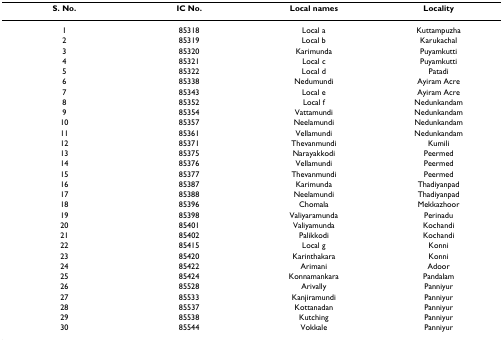
| S. No. | IC No. | Local names | Locality |
 | --- | --- | --- | --- |
 | 1 | 85318 | Local a | Kuttampuzha |
 | 2 | 85319 | Local b | Karukachal |
 | 3 | 85320 | Karimunda | Puyamkutti |
 | 4 | 85321 | Local c | Puyamkutti |
 | 5 | 85322 | Local d | Patadi |
 | 6 | 85338 | Nedumundi | Ayiram Acre |
 | 7 | 85343 | Local e | Ayiram Acre |
 | 8 | 85352 | Local f | Nedunkandam |
 | 9 | 85354 | Vattamundi | Nedunkandam |
 | 10 | 85357 | Neelamundi | Nedunkandam |
 | 11 | 85361 | Vellamundi | Nedunkandam |
 | 12 | 85371 | Thevanmundi | Kumili |
 | 13 | 85375 | Narayakkodi | Peermed |
 | 14 | 85376 | Vellamundi | Peermed |
 | 15 | 85377 | Thevanmundi | Peermed |
 | 16 | 85387 | Karimunda | Thadiyanpad |
 | 17 | 85388 | Neelamundi | Thadiyanpad |
 | 18 | 85396 | Chomala | Mekkazhoor |
 | 19 | 85398 | Valiyaramunda | Perinadu |
 | 20 | 85401 | Valiyamunda | Kochandi |
 | 21 | 85402 | Palikkodi | Kochandi |
 | 22 | 85415 | Local g | Konni |
 | 23 | 85420 | Karinthakara | Konni |
 | 24 | 85422 | Arimani | Adoor |
 | 25 | 85424 | Konnamankara | Pandalam |
 | 26 | 85528 | Arivally | Panniyur |
 | 27 | 85533 | Kanjiramundi | Panniyur |
 | 28 | 85537 | Kottanadan | Panniyur |
 | 29 | 85538 | Kutching | Panniyur |
 | 30 | 85544 | Vokkale | Panniyur |